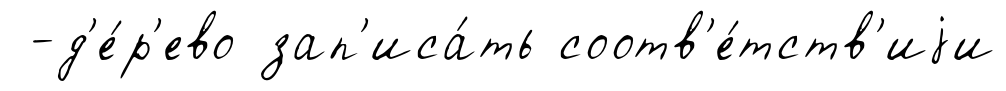
-д'е́р'ево зап'иса́ть соотв'е́тств'иjи